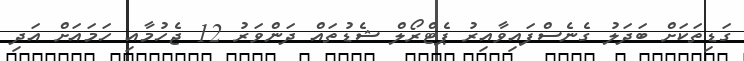
ގަޑިތަކަށް ބަދަލު ގެނެސްފައިވާއިރު ޕެޓްރޯލް ޝެޑުތައް ދަންވަރު 12 ޖެހުމާއި ހަމައަށް އަދި